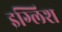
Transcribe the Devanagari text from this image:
इग्लिश